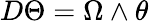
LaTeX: D\Theta=\Omega\wedge\theta